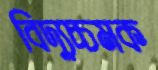
বিদ্যুচ্চমক